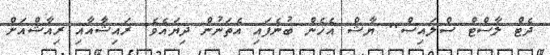
ދެޓް ލާސްޓް ސްލައިސް.. ޔާޝް އެހެން ބުނެފައި އެތަނުން ދިޔައެވެ. ރައިޝާއާއި ރިއާޝްއަށް